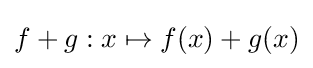
f+g:x\mapsto f(x)+g(x)